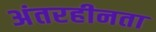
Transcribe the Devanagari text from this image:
अंतरहीनता